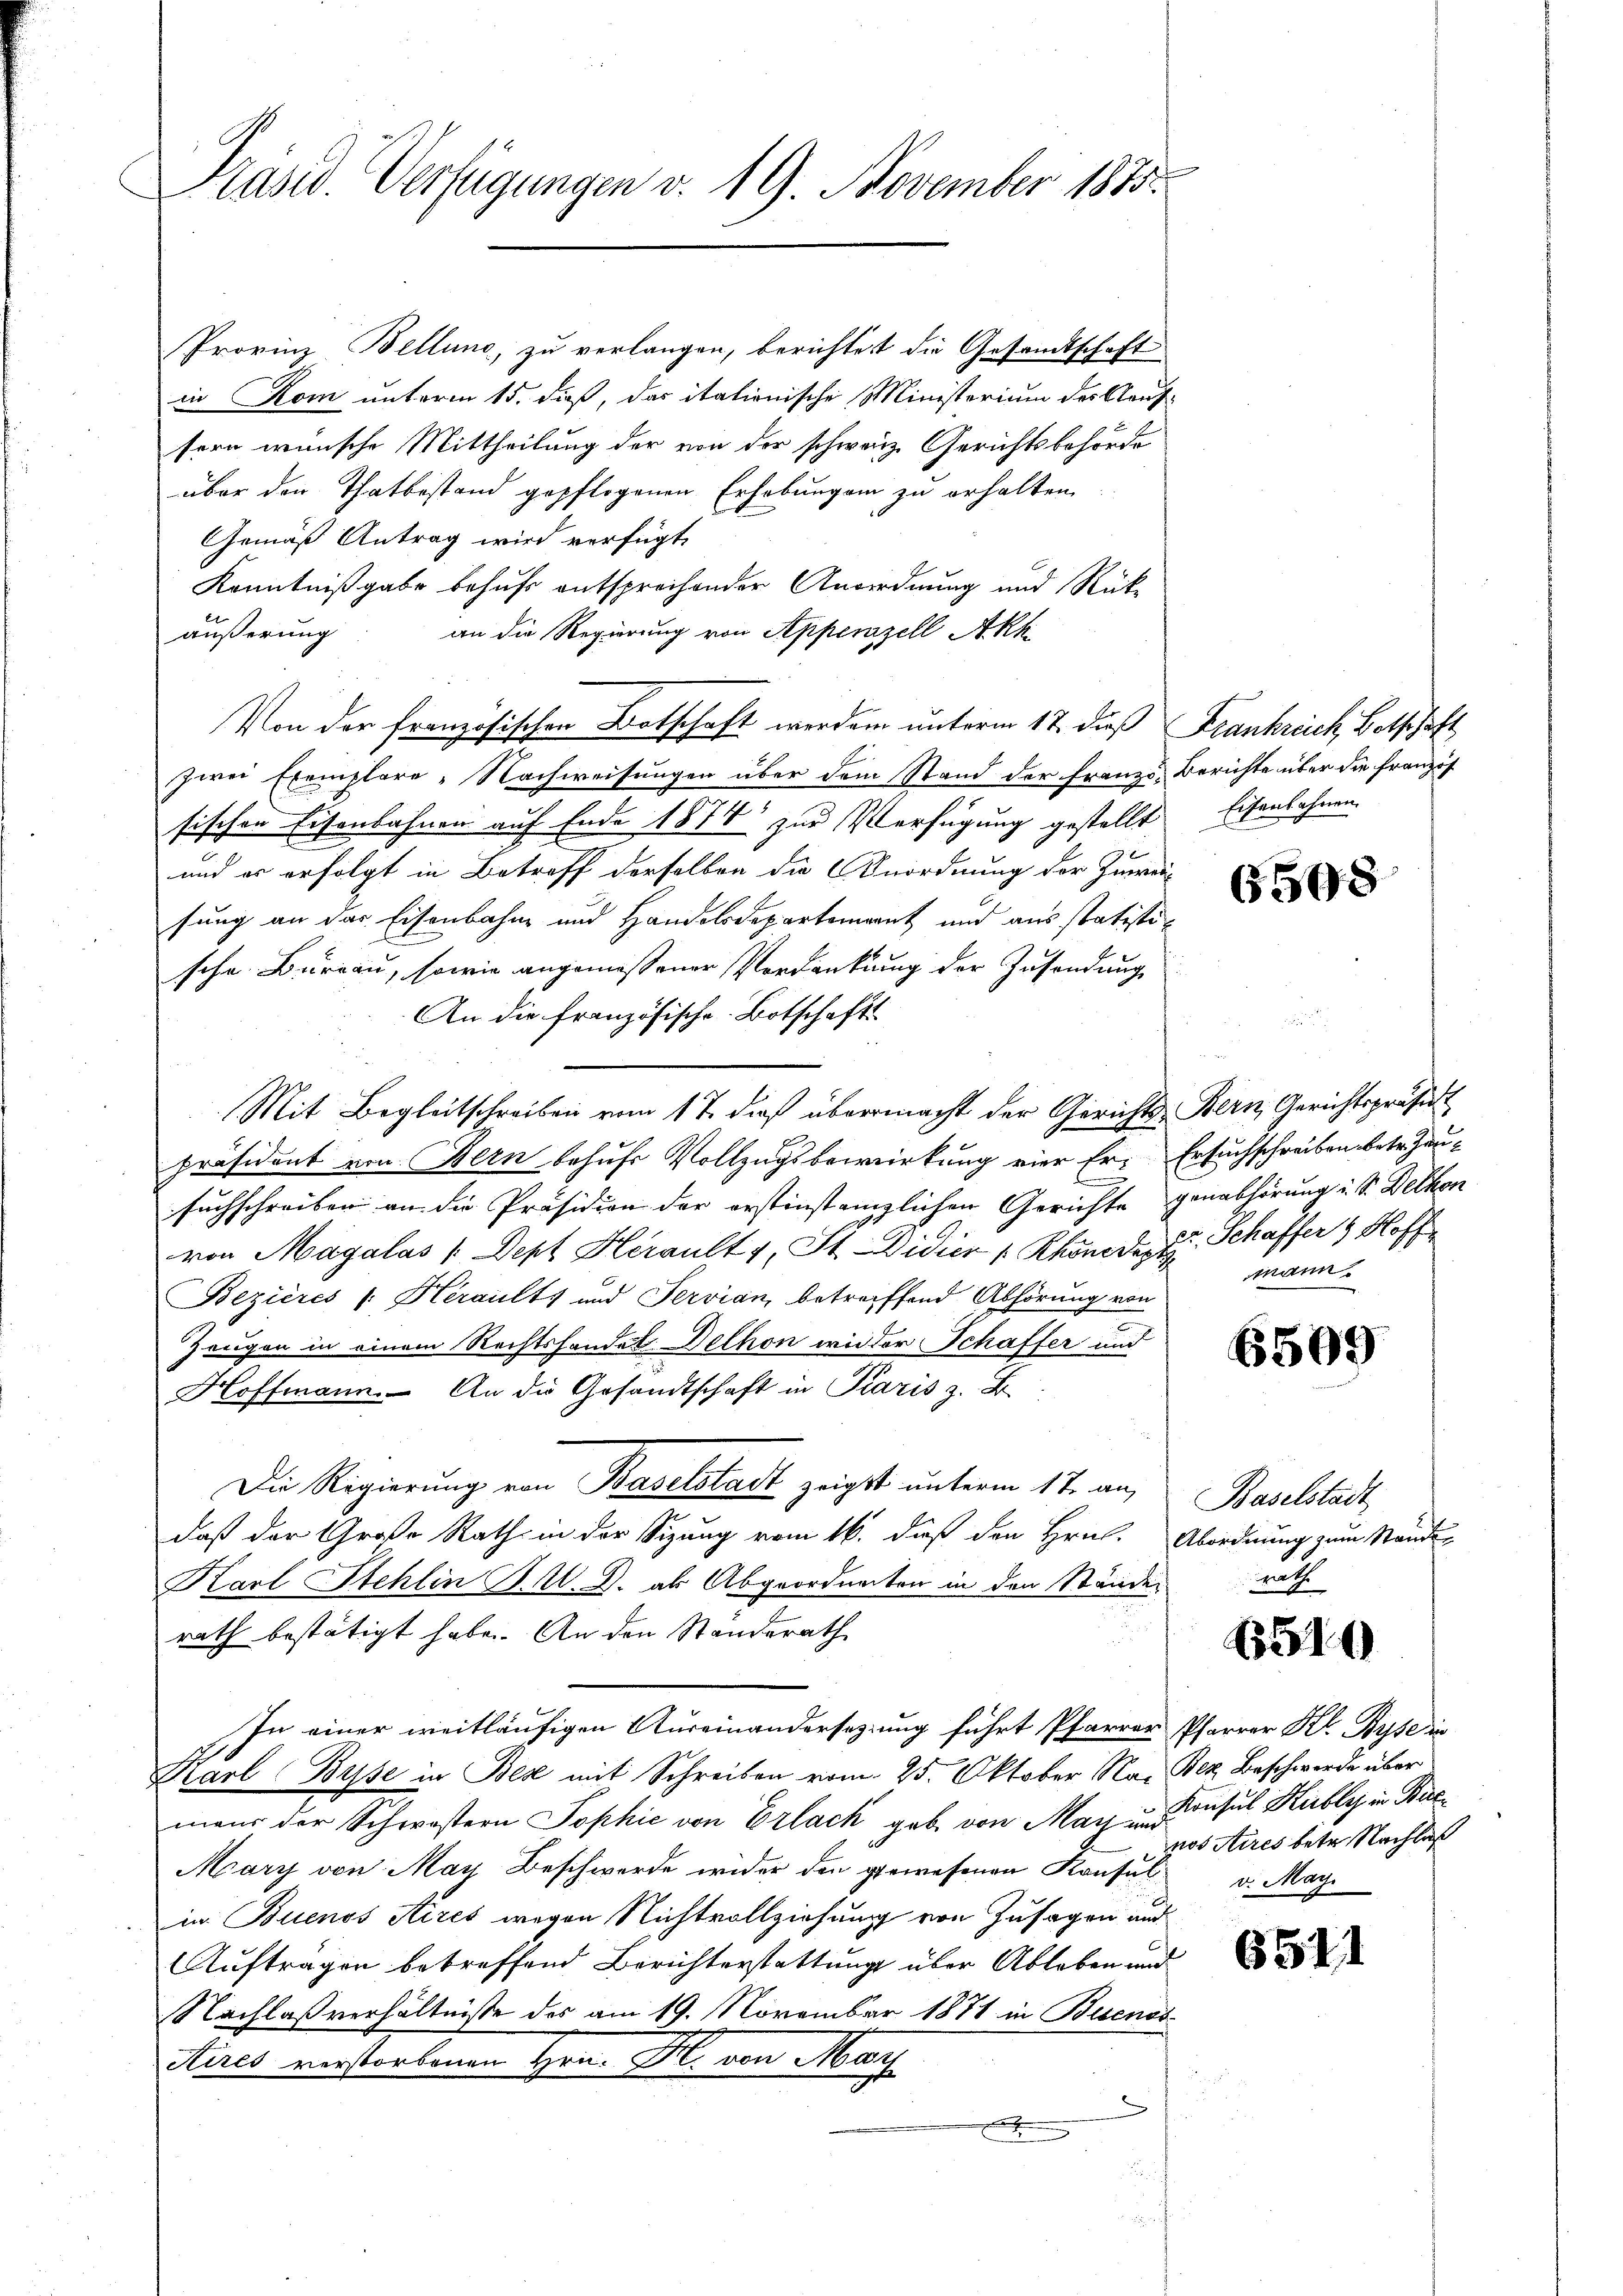
Präsid. Verfügungen v. 19. November 1875.

Provinz Bellung, zu verlangen, berichtet die Gesandtschaft
in Rom unterm 15. dieß, das itationische Ministerium des Kaufsern wünsche Mittheilung der von der schweiz. Gerichtsbehörde
über den Thatbestand gepflogenen Erhebungen zu erhalten.
Gemäß Antrag wird verfügt,
Kenntnißgabe behufs entsprechender Anordnung und Rückan die Regierung von Appenzell Akk
äußerung
Von der französischen Botschaft werden unterm 17. dieß Frankreich Botschäft
zwei Exemplare - Nachweisungen über dem Stand der Franzs-Berichte über die Französ
sischen Eisenbahnen auf Ende 1874 zur Verfügung gestellt Eisenbahnen.
und es erfolgt in Betreff derselben die Anordnung der Zuweisung an das Eisenbahne und Handelsdepartement und aus statistische Bureau, sowie angemessener Verdankung der Zusendung
An die französische Botschafts¬
Mit Begleitschreiben vom 17. dieß übermacht der Gerichts Bern Gerichtspräse
präsident von Bern behufs Vollzugsbewirkung vier Er- Ersuchschreiben betr. Hausuchschreiben an die Präsidion der erstinstanzlichen Gerichte genabhörung i. S. Dethon
von Magalas (Dept. Herault 4, St.- Didier (Rhonedes E. Schaffer & Hoff
Bezieres v. Heraults und Servian, betreiffend Abhörung von
e
Zeugen in einem Rechtshandel Delhon wieder Schaffer und
Hoffmann. An die Gesandtschaft in Paris z. B.
Die Regierung von Baselstadt zeigt unterm 17. an,
daß der Große Rath in der Sizung vom 16. daß den Hrn. Abordnung zum Stande-
Karl Stehlin J. M. D. als Abgeordneten in den Stände
rath bestätigt habe. An den Standerath
In einer weitläufigen Auseinandersetzung führt Pfarrer
Karl Bise in Best mit Schreiben vom 25. Oktober Na. Bez Beschwerde über
mens der Schwöstern Sophie von Erlack geb. von May insul Kubles in Bac¬
Mary von May Beschwerde wider den gewesenen Konsul v. May
in Buenos Aires wegen Nichtvollziehung von Zusagen und
Auftragen betreffend Berichterstattung über Ableben und
Nachlaßverhältnisse des am 19. November 1871 in Buenos
Aires verstorbenen Hrn. F. von May
x

6508

mann.

6500

Baselstadt

6510

6511

Pfarrer Kl. Byse in
nos Aires betr. Nachlaß